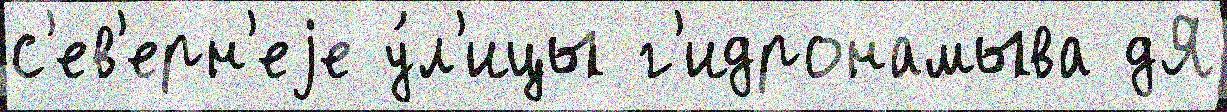
с'ев'ерн'еjе у́л'ицы г'идронамыва дЯ